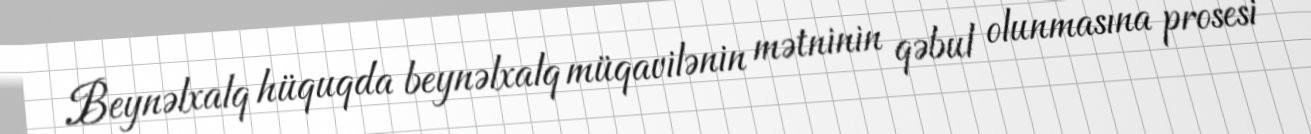
Beynəlxalq hüquqda beynəlxalq müqavilənin mətninin qəbul olunmasına prosesi